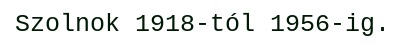
Szolnok 1918-tól 1956-ig.